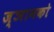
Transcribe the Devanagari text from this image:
ज्ञानको